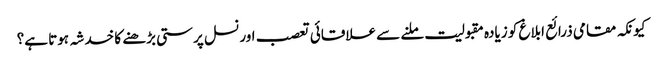
کیونکہ مقامی ذرائع ابلاغ کو زیادہ مقبولیت ملنے سے علاقائی تعصب اور نسل پرستی بڑھنے کا خدشہ ہوتا ہے؟